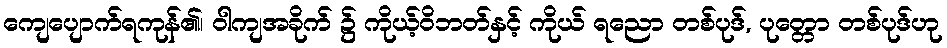
ကျေပျောက်ရကုန်၏၊ ဝါကျအခိုက် ၌ ကိုယ့်ဝိဘတ်နှင့် ကိုယ် ရညော တစ်ပုဒ်, ပုတ္တော တစ်ပုဒ်ဟု